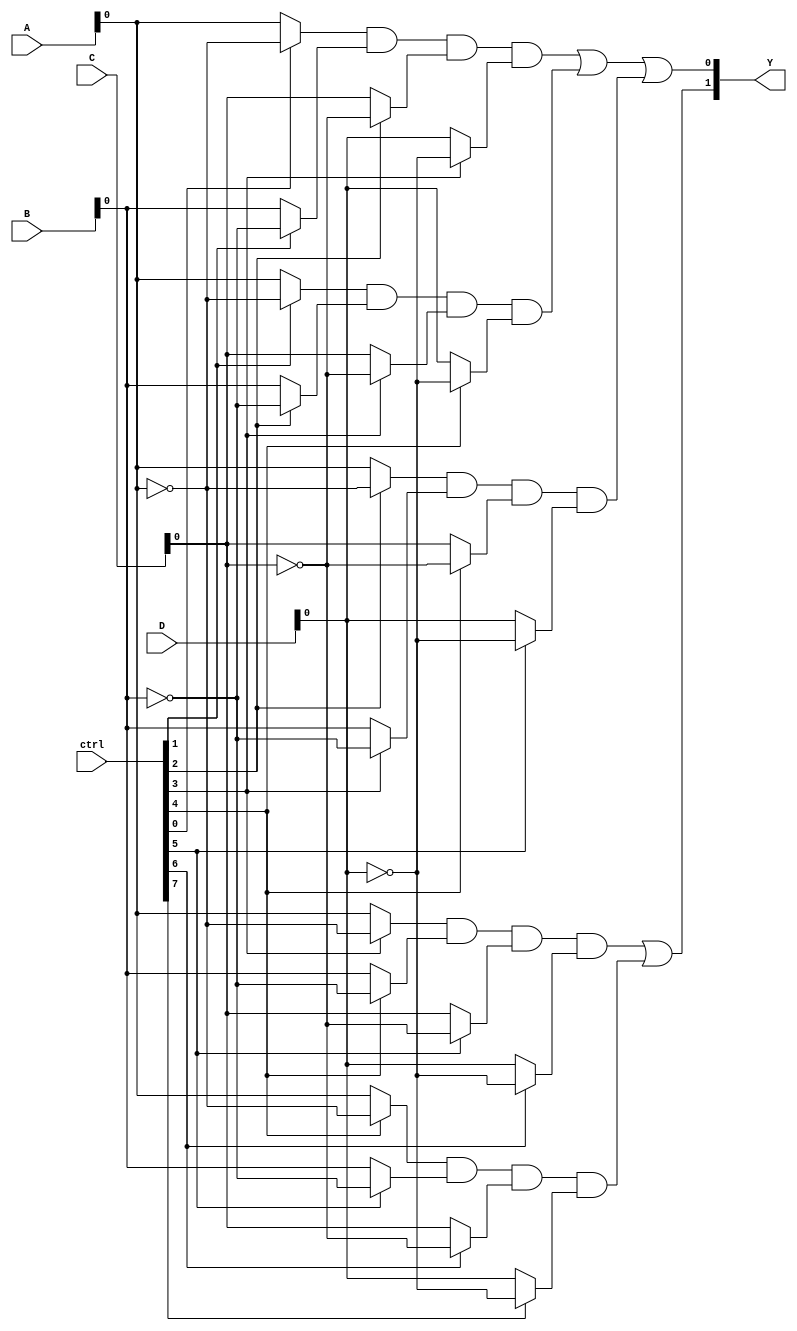
module SPAL (
    input wire [3:0] A,          // Inputs A1, A2, A3, A4 (4 bits)
    input wire [3:0] B,          // Inputs B1, B2, B3, B4 (4 bits)
    input wire [3:0] C,          // Inputs C1, C2, C3, C4 (4 bits)
    input wire [3:0] D,          // Inputs D1, D2, D3, D4 (4 bits)
    input wire [7:0] ctrl,       // Control signals for programmability
    output wire [1:0] Y          // Output Y1, Y2 (2 bits)
);

// Programmable AND array
wire [7:0] and_outputs;          // Outputs of AND gates (8 AND gates for example)

// Generate AND gate logic based on control signals
genvar i;
generate
    for (i = 0; i < 8; i = i + 1) begin : and_array
        assign and_outputs[i] = (ctrl[i] ? ~A[0] : A[0]) &     // Inverted or normal A0
                                 (ctrl[i + 1] ? ~B[0] : B[0]) & // Inverted or normal B0
                                 (ctrl[i + 2] ? ~C[0] : C[0]) & // Inverted or normal C0
                                 (ctrl[i + 3] ? ~D[0] : D[0]);   // Inverted or normal D0
    end
endgenerate

// Fixed OR array
assign Y[0] = and_outputs[0] | and_outputs[1] | and_outputs[2]; // Logic for Y1
assign Y[1] = and_outputs[3] | and_outputs[4];                   // Logic for Y2

endmodule